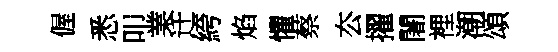
偓悉叩業迁絝焰懼蔡厺擢闍裡潮頌